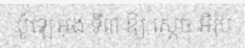
ប៉ូឡេអុង ទី៣ ឱ្យ ស្តេច អឺរ៉ុប